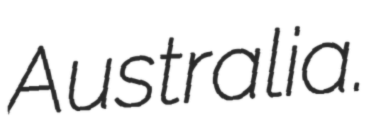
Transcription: Australia.